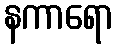
နကာရော